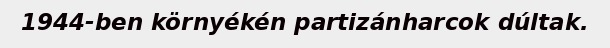
1944-ben környékén partizánharcok dúltak.